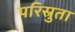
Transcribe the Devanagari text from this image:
परिस्रुता